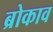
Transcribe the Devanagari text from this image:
ब्रोकाव